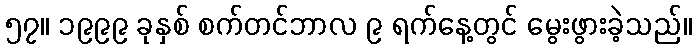
၅၇။ ၁၉၉၉ ခုနှစ် စက်တင်ဘာလ ၉ ရက်နေ့တွင် မွေးဖွားခဲ့သည်။